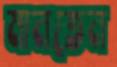
মানতেন